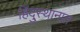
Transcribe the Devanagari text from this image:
हिंदु्स्थानात